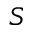
\boldsymbol { S }